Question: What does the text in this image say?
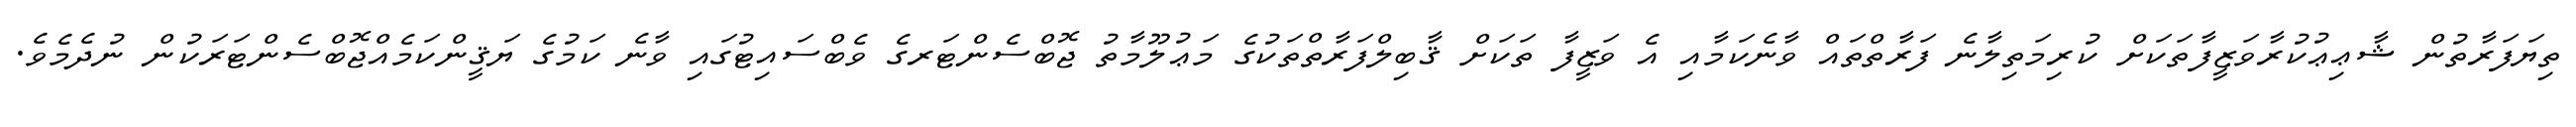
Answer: ތިޔަފަރާތުން ޝާޢިޢުކުރާވަޒީފާތަކަށް ކުރިމަތިލާނެ ފަރާތްތައް ވާނެކަމާއި އެ ވަޒީފާ ތަކަށް ޤާބިލްފަރާތްތަކުގެ މަޢުލޫމާތު ޖޮބްސެންޓަރގެ ވެބްސައިޓުގައި ވާނެ ކަމުގެ ޔަޤީންކަމެއްޖޮބްސެންޓަރަކުން ނުދެމެވެ.